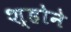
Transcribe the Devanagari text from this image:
श्होने